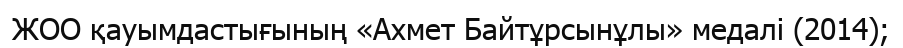
ЖОО қауымдастығының «Ахмет Байтұрсынұлы» медалі (2014);